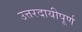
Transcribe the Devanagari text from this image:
उत्तरदायीपूर्ण